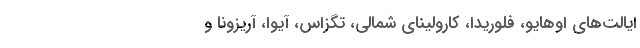
ایالت‌های اوهایو، فلوریدا، کارولینای شمالی، تگزاس، آیوا، آریزونا و